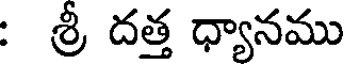
: శ్రీ దత్త ధ్యానము